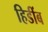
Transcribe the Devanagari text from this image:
हिडींब